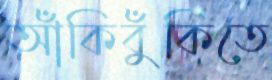
আঁকিবুঁকিতে